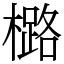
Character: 㯝